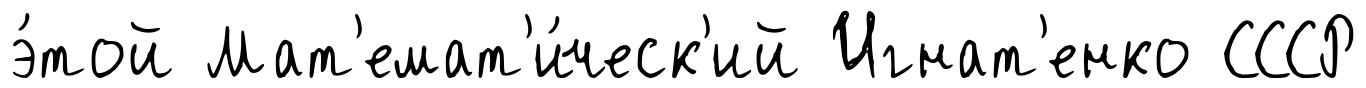
э́той Мат'емат'и́ческ'ий Игнат'енко СССР